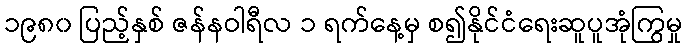
၁၉၈၀ ပြည့်နှစ် ဇန်နဝါရီလ ၁ ရက်နေ့မှ စ၍နိုင်ငံရေးဆူပူအုံကြွမှု